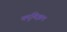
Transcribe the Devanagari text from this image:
क्युबिझम